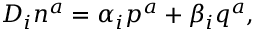
D _ { i } n ^ { a } = \alpha _ { i } p ^ { a } + \beta _ { i } q ^ { a } ,